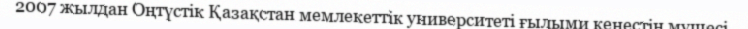
2007 жылдан Оңтүстік Қазақстан мемлекеттік университеті ғылыми кеңестің мүшесі.